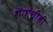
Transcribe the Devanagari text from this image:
शेंगांचीही